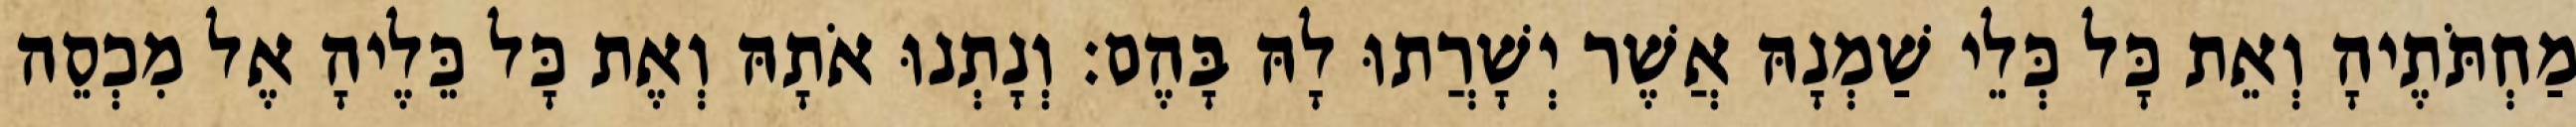
מַחְתֹּתֶיהָ וְאֵת כָּל כְּלֵי שַׁמְנָהּ אֲשֶׁר יְשָׁרֲתוּ לָהּ בָּהֶם׃ וְנָתְנוּ אֹתָהּ וְאֶת כָּל כֵּלֶיהָ אֶל מִכְסֵה